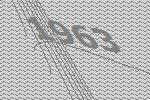
1963